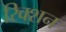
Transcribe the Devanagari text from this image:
रिक्शन